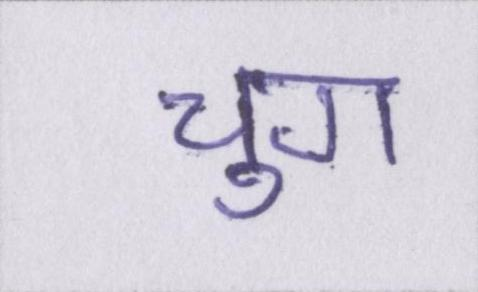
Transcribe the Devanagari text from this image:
चुग